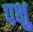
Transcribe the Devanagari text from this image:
पक्षु